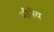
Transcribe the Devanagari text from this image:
मौनेय